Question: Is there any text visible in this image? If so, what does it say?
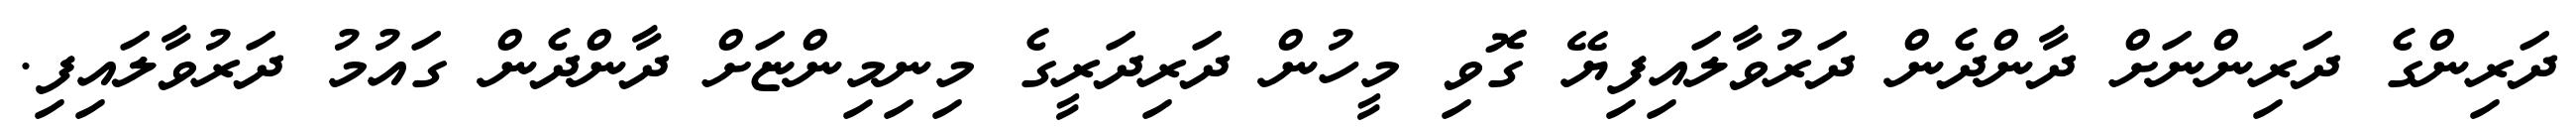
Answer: ދަރިންގެ ދަރިންނަށް ދާންދެން ދަރުވާލައިފިޔޭ ގޮވި މީހުން ދަރިދަރީގެ މިނިމިންޏަށް ދާންދެން ގައުމު ދަރުވާލައިފި.